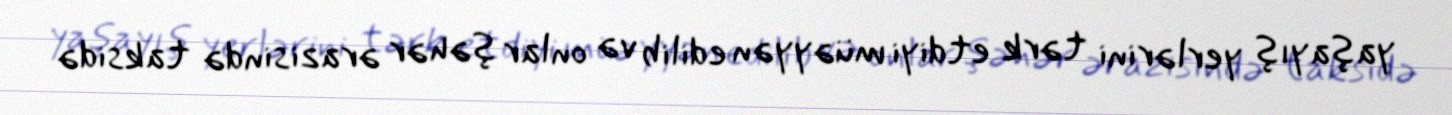
yaşayış yerlərini tərk etdiyi müəyyən edilib və onlar şəhər ərazisində taksidə